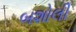
બશોલી